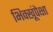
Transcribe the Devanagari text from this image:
भिक्खूंपेक्षा